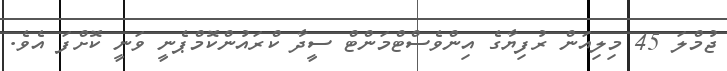
ޖުމްލަ 45 މިލިއަން ރުފިޔާގެ އިންވެސްޓްމަންޓް ސީދާ ކްރައުންކޮމްޕެނީ ވަނީ ކޮށްފަ އެވެ.